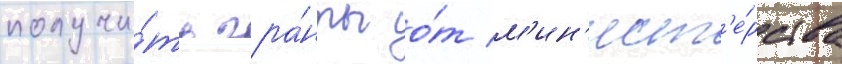
получи́ть гра́нты о́т м'ин'ист'е́рства